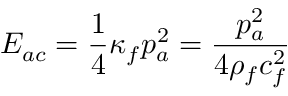
E _ { a c } = { \frac { 1 } { 4 } } \kappa _ { f } p _ { a } ^ { 2 } = { \frac { p _ { a } ^ { 2 } } { 4 \rho _ { f } c _ { f } ^ { 2 } } }